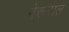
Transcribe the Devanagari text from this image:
मेरूनाल